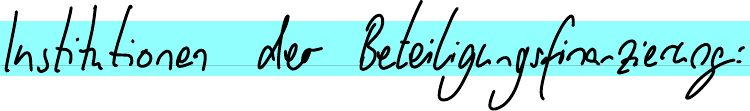
Institutionen der Beteiligungsfinanzierung: